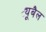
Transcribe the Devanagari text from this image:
ट्यूबैल